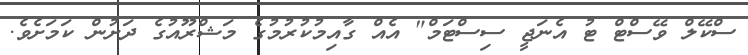
ސްކޭލް ވޭސްޓް ޓު އެނަޖީ ސިސްޓަމް" އެއް ގާއިމުކުރުމުގެ މަޝްރޫއުގެ ދަށުން ކަމަށެވެ.